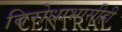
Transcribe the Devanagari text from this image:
विरोधाभासीही